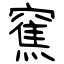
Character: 䆶